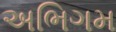
અભિગમ